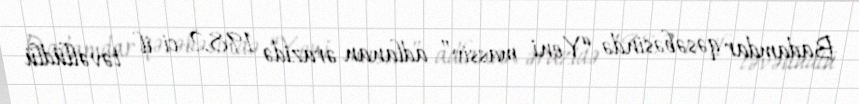
Badamdar qəsəbəsində “Yeni massiv” adlanan ərazidə 1982-ci il təvəllüdlü